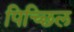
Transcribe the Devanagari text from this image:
पिच्छिल